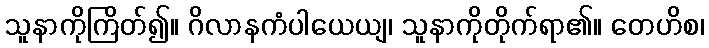
သူနာကိုကြိတ်၍။ ဂိလာနကံပါယေယျ၊ သူနာကိုတိုက်ရာ၏။ တေဟိစ၊